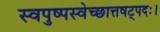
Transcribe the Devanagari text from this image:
स्वपुष्पस्वेच्छात्तषट्पदः।